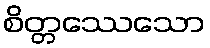
စိတ္တဿေသော